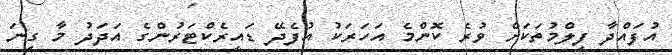
އުފައްދާ ފިލްމުތަކަށް ވުރެ ކޮންމެ އަހަރަކު އުފެދޭ ޑައިރެކްޓަރުންގެ އަދަދު މާ ގިނަ